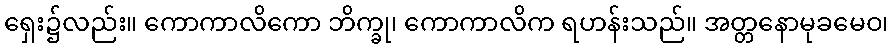
ရှေး၌လည်း။ ကောကာလိကော ဘိက္ခု၊ ကောကာလိက ရဟန်းသည်။ အတ္တနောမုခမေဝ၊